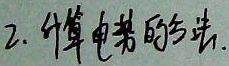
2. 计算电势的方法.